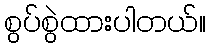
စွပ်စွဲထားပါတယ်။